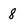
Character: 8